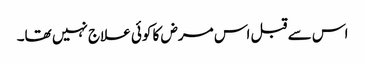
اس سے قبل اس مرض کا کوئی علاج نہیں تھا۔